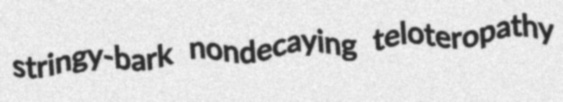
stringy-bark nondecaying teloteropathy